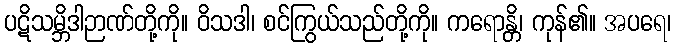
ပဋိသမ္ဘိဒါဉာဏ်တို့ကို။ ဝိသဒါ၊ စင်ကြွယ်သည်တို့ကို။ ကရောန္တိ၊ ကုန်၏။ အပရေ၊